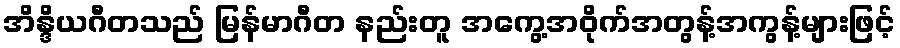
အိန္ဒိယဂီတသည် မြန်မာဂီတ နည်းတူ အကွေ့အဝိုက်အတွန့်အကွန့်များဖြင့်